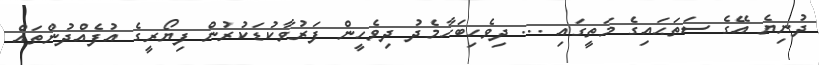
ދުނިޔެ އޭގެ ސަތަޙައިގެ މަތީގައި ... ދިވެހިބަހާމެދު ދިވެހީން ފަރުވާކުޑަކުރުން ފިޔޯރީގެ އުފެއްދުންތައް